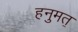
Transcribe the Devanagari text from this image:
हनुमत॒